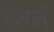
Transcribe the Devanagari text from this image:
शेरले